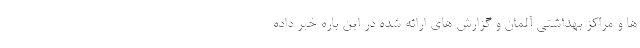
ها و مراکز بهداشتی آلمان و گزارش های ارائه شده در این باره خبر داده